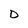
Character: D